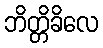
ဘိတ္တိခိလေ